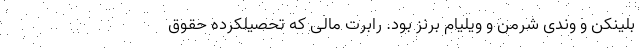
بلینکن و وندی شرمن و ویلیام برنز بود. رابرت مالی که تحصیلکرده حقوق